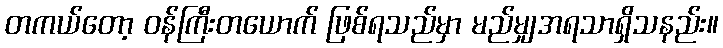
တကယ်တော့ ဝန်ကြီးတယောက် ဖြစ်ရသည်မှာ မည်မျှအရသာရှိသနည်း။